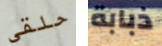
حلقي ذبابة